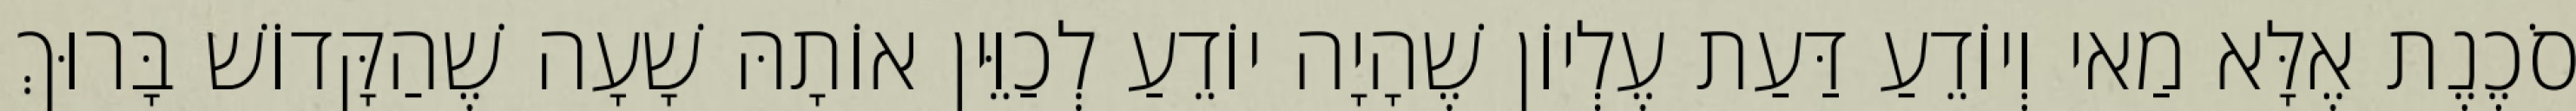
סֹכֶנֶת אֶלָּא מַאי וְיוֹדֵעַ דַּעַת עֶלְיוֹן שֶׁהָיָה יוֹדֵעַ לְכַוֵּין אוֹתָהּ שָׁעָה שֶׁהַקָּדוֹשׁ בָּרוּךְ